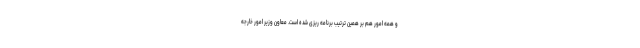
و همه امور هم بر همین ترتیب برنامه ریزی شده است. معاون وزیر امور خارجه